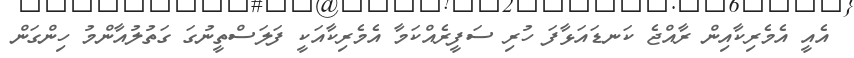
އެއީ އެމެރިކާއިން ރާއްޖެ ކަނޑައަޅާފަ ހުރި ސަފީރެއްކަމާ އެމެރިކާއަކީ ފަލަސްތީނުގަ ގަތުލުއާންމު ހިންގަން